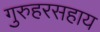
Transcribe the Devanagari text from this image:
गुरुहरसहाय